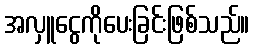
အလှူငွေကိုပေးခြင်းဖြစ်သည်။